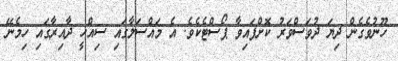
ހޫނުވެގެން ދިޔަ ދުވަސްވަރު ކޮށްފައިވާ ޕޯސްޓެކެވެ. އެ މައްސަލާގައި ސިއްޚީ ދާއިރާގައި ހިމެނޭ